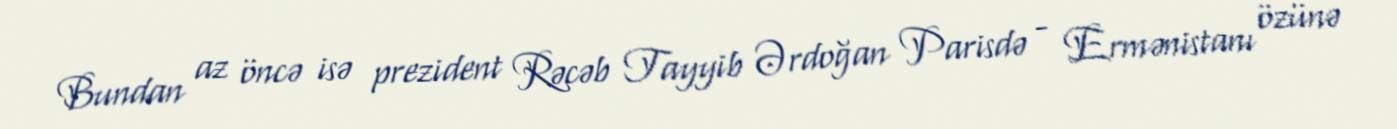
Bundan az öncə isə prezident Rəcəb Tayyib Ərdoğan Parisdə - Ermənistanı özünə